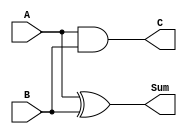
module halfAdder2to1(A, B, Sum, C);
input A, B;
output Sum, C;

assign Sum = A^B;
assign C = A && B;

endmodule